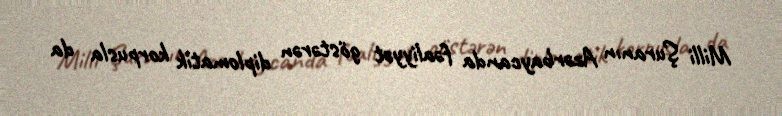
Milli Şuranın Azərbaycanda fəaliyyət göstərən diplomatik korpusla da